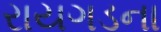
રાયગડના